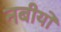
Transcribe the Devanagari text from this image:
नबीयों